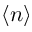
\langle n \rangle